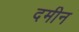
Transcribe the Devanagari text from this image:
दमीन